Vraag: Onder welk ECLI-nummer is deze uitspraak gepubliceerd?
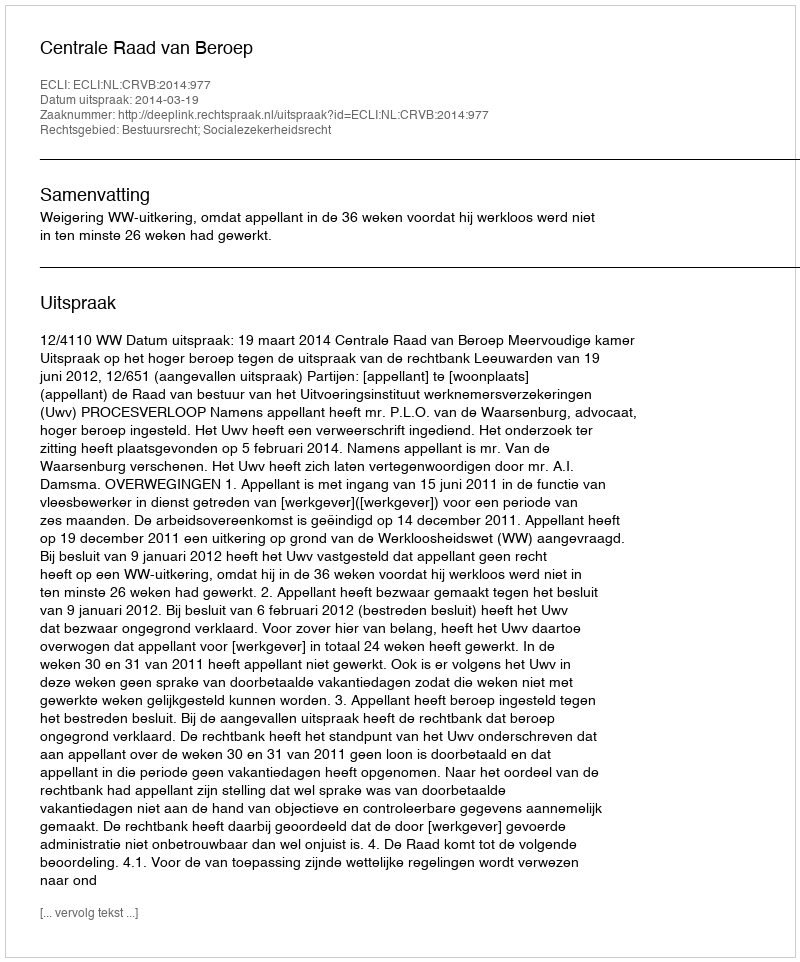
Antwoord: ECLI:NL:CRVB:2014:977